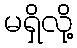
မရှိလို့